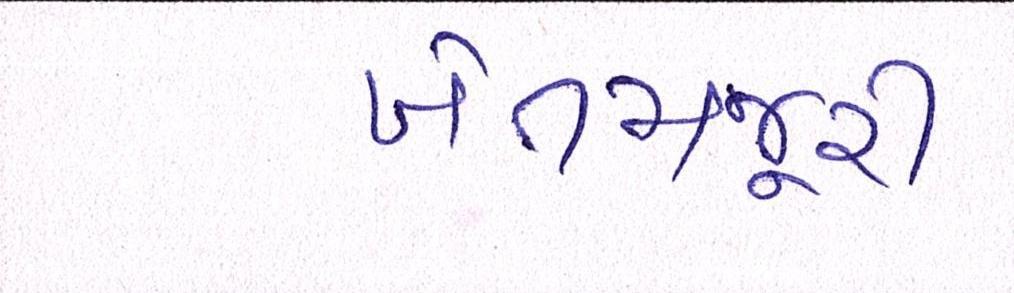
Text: ખેતમજુરી